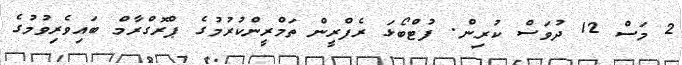
2 މަސް 12 ދުވަސް ކުރިން. ފުޓްބޯޅަ ރެފްރީން ތަމްރީންކުރުމުގެ ޕްރޮގްރާމް ބައިވެރިވުމުގެ